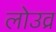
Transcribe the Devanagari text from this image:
लोउव्र